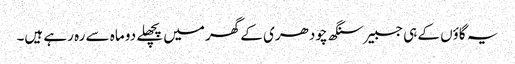
یہ گاؤں کے ہی جسبیر سنگھ چودھری کے گھر میں پچھلے دو ماہ سے رہ رہے ہیں۔